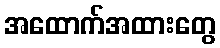
အထောက်အထားတွေ